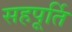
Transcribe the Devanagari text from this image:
सहपूर्ति